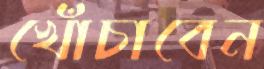
খোঁচাবেন